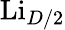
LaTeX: \mathrm{Li}_{D/2}